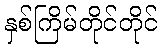
နှစ်ကြိမ်တိုင်တိုင်